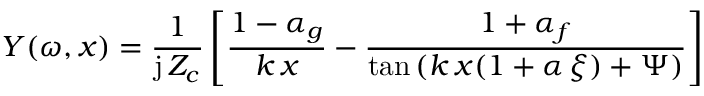
Y ( \omega , x ) = \frac { 1 } { \mathrm { j } \, Z _ { c } } \left[ \frac { 1 - \alpha _ { g } } { k \, x } - \frac { 1 + \alpha _ { f } } { \tan { ( k \, x ( 1 + \alpha \, \xi ) + \Psi ) } } \right]